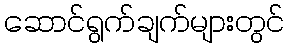
ဆောင်ရွက်ချက်များတွင်